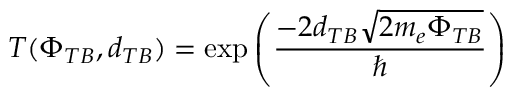
T ( \Phi _ { T B } , d _ { T B } ) = \exp \left( \frac { - 2 d _ { T B } \sqrt { 2 m _ { e } \Phi _ { T B } } } { \hbar } \right)